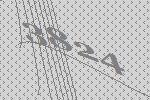
3824